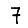
Digit: 7